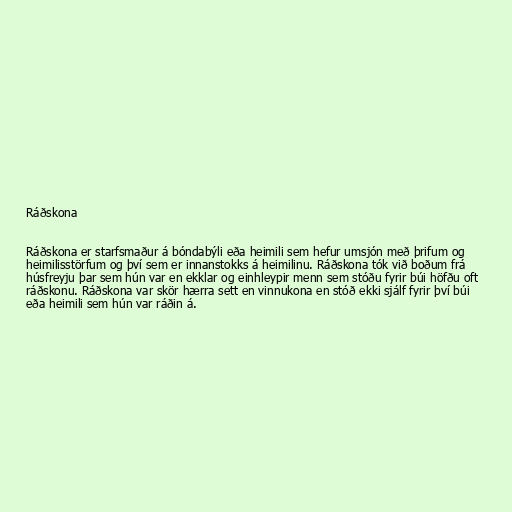
Ráðskona

Ráðskona er starfsmaður á bóndabýli eða heimili sem hefur umsjón með þrifum og
heimilisstörfum og því sem er innanstokks á heimilinu. Ráðskona tók við boðum frá
húsfreyju þar sem hún var en ekklar og einhleypir menn sem stóðu fyrir búi höfðu oft
ráðskonu. Ráðskona var skör hærra sett en vinnukona en stóð ekki sjálf fyrir því búi
eða heimili sem hún var ráðin á.